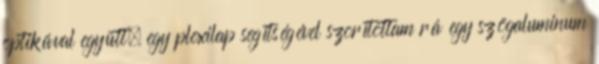
optikával együtt, egy plexilap segítségével szorítottam rá egy szögaluminum